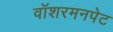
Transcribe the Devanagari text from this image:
वॉशरमनपेट